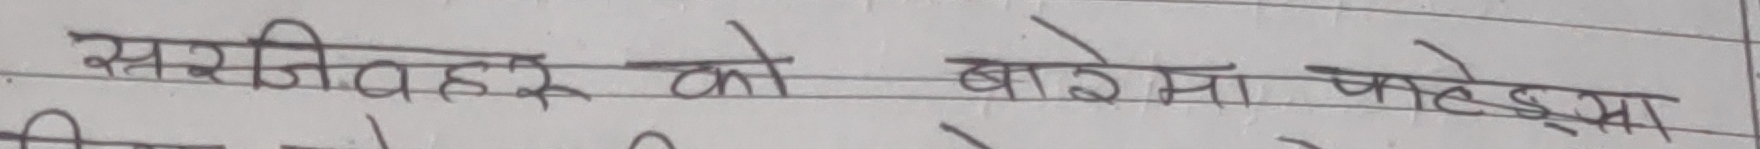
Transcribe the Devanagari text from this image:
सजीवहरु को बारेमा लेख्नुस्।